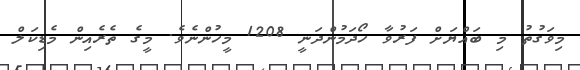
މިވަގުތު މި ބައްޔަށް ފަރުވާ ހޯދަމުންދަނީ 1208 މީހުންނެވެ. މީގެ ތެރެއިން މެޑިކަލް